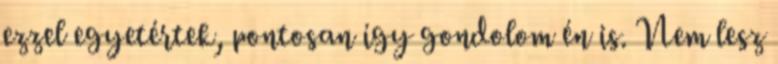
ezzel egyetértek, pontosan így gondolom én is. Nem lesz